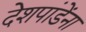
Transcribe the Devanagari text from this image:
देशपांडेंना